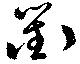
衢